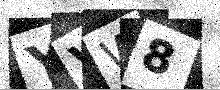
Text: YVW8